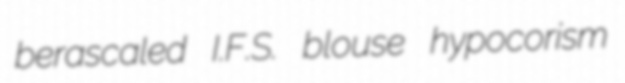
berascaled I.F.S. blouse hypocorism